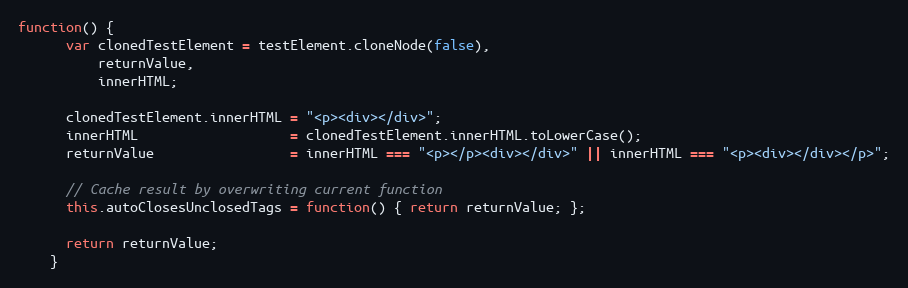
Language: JavaScript
function() {
      var clonedTestElement = testElement.cloneNode(false),
          returnValue,
          innerHTML;

      clonedTestElement.innerHTML = "<p><div></div>";
      innerHTML                   = clonedTestElement.innerHTML.toLowerCase();
      returnValue                 = innerHTML === "<p></p><div></div>" || innerHTML === "<p><div></div></p>";

      // Cache result by overwriting current function
      this.autoClosesUnclosedTags = function() { return returnValue; };

      return returnValue;
    }